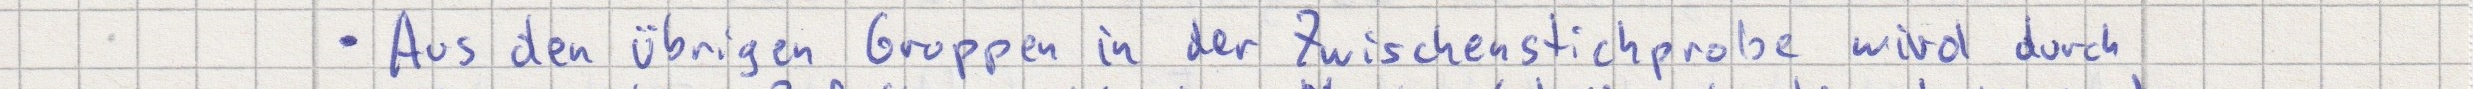
- Aus den übrigen Gruppen in der Zwischenstichprobe wird durch